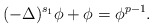
\begin{align*}(-\Delta)^{s_1}\phi+\phi=\phi^{p-1}.\end{align*}